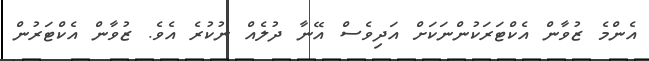
އެންމެ ޒުވާން އެކްޓަރަކުންނަކަށް އަދިވެސް އޭނާ ދުލެއް ނުކުރެ އެވެ. ޒުވާން އެކްޓަރުން